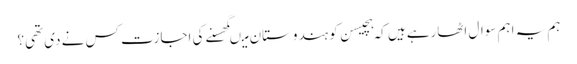
ہم یہ اہم سوال اٹھارہے ہیں کہ ہچیسن کو ہندوستان میںگھسنے کی اجازت کس نے دی تھی؟